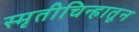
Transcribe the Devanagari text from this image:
स्मृतीचिन्हातून